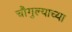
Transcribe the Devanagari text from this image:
चौगुल्याच्या